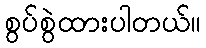
စွပ်စွဲထားပါတယ်။